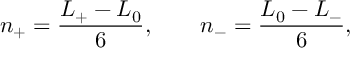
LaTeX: n _ { + } = \frac { L _ { + } - L _ { 0 } } { 6 } , \qquad n _ { - } = \frac { L _ { 0 } - L _ { - } } { 6 } ,